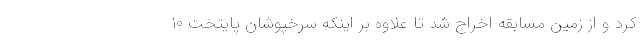
کرد و از زمین مسابقه اخراج شد تا علاوه بر اینکه سرخپوشان پایتخت ۱۰